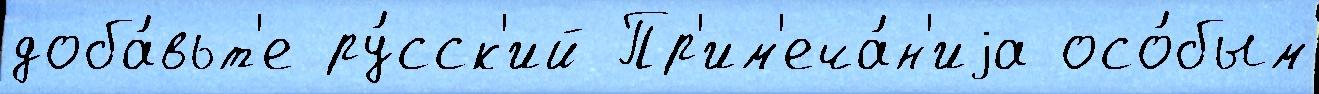
доба́вьт'е ру́сск'ий Пр'им'еча́н'иjа осо́бым